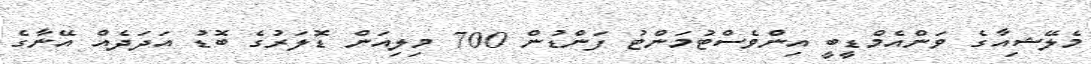
މެލޭޝިއާގެ ވަންއެމްޑީބީ އިންވެސްޓުމަންޓު ފަންޑުން 700 މިލިއަން ޑޮލަރުގެ ބޮޑު އަދަދެއް އޭނާގެ